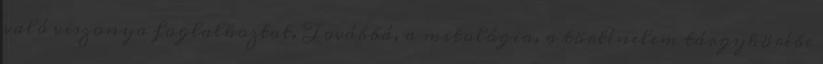
való viszonya foglalkoztat. Továbbá, a mitológia, a történelem tárgykörébe